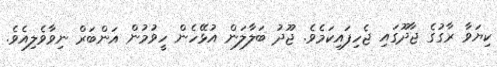
ކިޔަވާ ރާގުގެ ޖާދޫގައި ޖެހިފައިކަމެވެ. ޖޫދު ބަލާލަން އުޅޭހެން ހީވުމުން އަންބަރް ނިވާވެލިއެވެ.